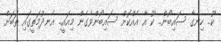
ކޫ.. ހިނގާ ސައިބޯން.. ކޫ އާ އެއްކޮށް ސައިބޯންވެގެން މިއައީ.. އެނދުމަތީގައި ތަބަށް